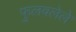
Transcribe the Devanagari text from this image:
फुलवलेले